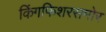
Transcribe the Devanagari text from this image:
किंगफिशरसमोर